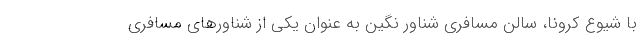
با شیوع کرونا، سالن مسافری شناور نگین به عنوان یکی از شناورهای مسافری